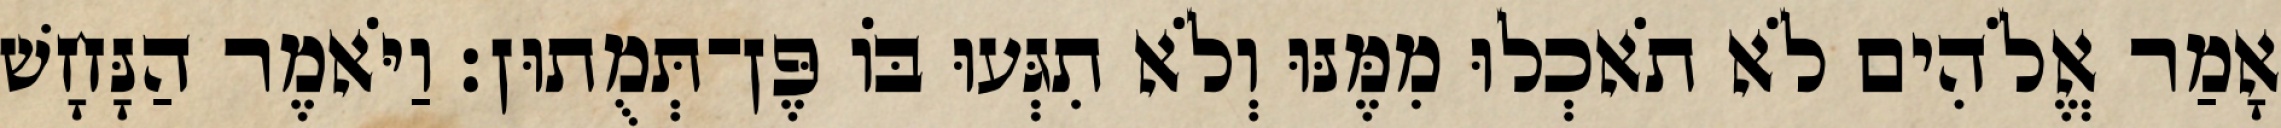
אָמַר אֱלֹהִים לֹא תֹאכְלוּ מִמֶּנּוּ וְלֹא תִגְּעוּ בֹּו פֶּן־תְּמֻתוּן׃ וַיֹּאמֶר הַנָּחָשׁ